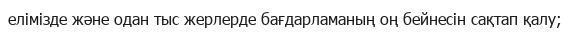
елімізде және одан тыс жерлерде бағдарламаның оң бейнесін сақтап қалу;